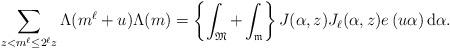
LaTeX: \begin{align*}\sum_{z<m^{\ell}\le 2^{\ell}z}\Lambda(m^{\ell}+u)\Lambda(m)=\left\{\int_{{\frak M}}+\int_{{\frak m}}\right\}J(\alpha,z)J_{\ell}(\alpha,z)e\left(u\alpha\right){\rm d}\alpha.\end{align*}